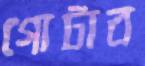
গোটাব